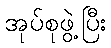
အုပ်စုဖွဲ့ပြီး